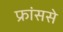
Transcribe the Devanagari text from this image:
फ्रांससे